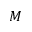
M